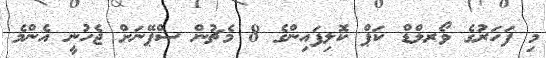
މި ފަހަރުގެ ވޯރލްޑް ކަޕް ކޮލިފައިންގެ 8 މެޗުން ސްޕޭނަށް ޖެހުނީ އެންމެ